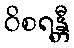
ဝိစရန္တီ